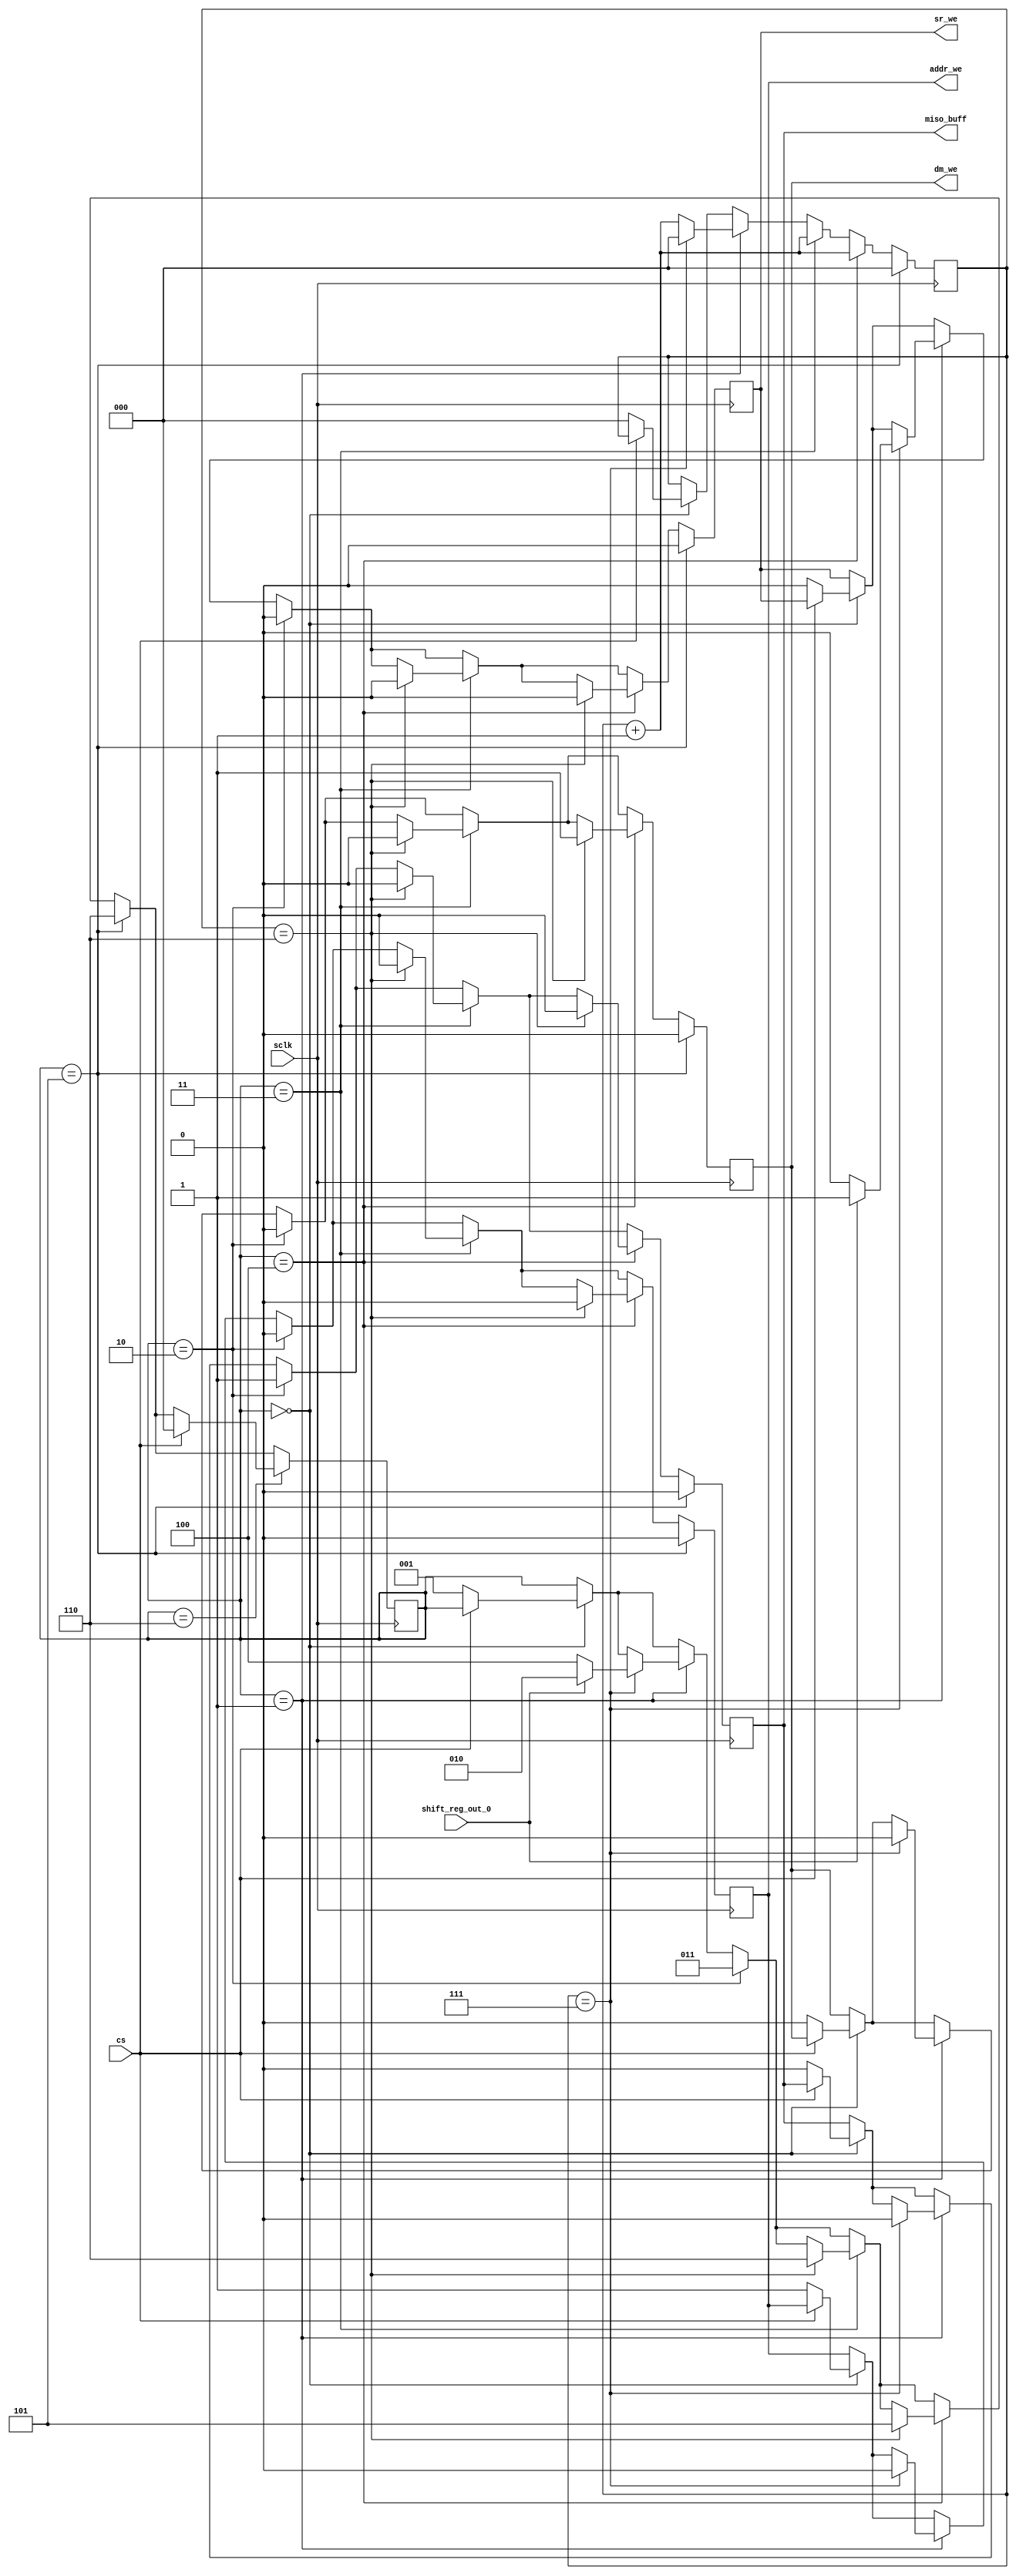
//-----------------------------------------------------------------------
// Finite State Machine
//-----------------------------------------------------------------------


module fsm
#(
    parameter standby = 0,
    parameter wait_address = 1,
    parameter read_0 = 2,
    parameter read_1 = 3,
    parameter write_0 = 4,
    parameter write_1 = 5,
    parameter wait_end = 6
)
(
    input sclk,        // system clock
    input cs,         // chip select
    input shift_reg_out_0,
    output reg miso_buff, // miso line buffer
    output reg dm_we,     // data memory write enable
    output reg addr_we,   // address latch write enable
    output reg sr_we      // shift register write enable
);

    reg[2:0] count;
    reg[2:0] state;

    initial begin
        count = 3'b000;
        state = standby;

        miso_buff = 0;  // Initialize constants to 0
        dm_we = 0;
        addr_we = 0;
        sr_we = 0;
    end

    always @(posedge sclk) begin
        if(state == standby) begin


            if (~cs) begin
                state <= wait_address;
                count <= 3'b000;
                miso_buff <= 0;
                dm_we <= 0;
                addr_we <= 1;
                sr_we <= 0;
            end
        end

        if(state == wait_address) begin
            if (count == 7) begin
                if(shift_reg_out_0) begin
                    miso_buff <= 0;
                    dm_we <= 0;
                    addr_we <= 0;
                    sr_we <= 1;
                    count <= 3'b000;
                    state <= read_0;
                end

                if(~shift_reg_out_0) begin
                    miso_buff <= 0;
                    dm_we <= 0;
                    addr_we <= 0;
                    sr_we <= 0;

                    state <= write_0;
                end

                count <= 3'b000;
            end

            else begin
                count <= count+3'b001;
            end

        end

        if(state == read_0) begin
            miso_buff <= 1;
            dm_we <= 0;
            addr_we <= 0;
            sr_we <= 0;
            state <= read_1;
        end

        if(state == read_1) begin

            count <= count + 3'b001;

            if (count == 6) begin
                state <= wait_end;
                miso_buff <= 0;
                dm_we <= 0;
                addr_we <= 0;
                sr_we <= 0;
            end

        end

        if(state == write_0) begin
            count <= count + 3'b001;

            if (count == 6) begin
                miso_buff <= 0;
                dm_we <= 1;
                addr_we <= 0;
                sr_we <= 0;

                state <= write_1;
            end

        end

        if(state == write_1) begin
            count <= 3'b000;

            state <= wait_end;
            miso_buff <= 0;
            dm_we <= 0;
            addr_we <= 0;
            sr_we <= 0;
        end

        if(state == wait_end) begin
            if(cs==1) begin
                state <= standby;
            end
        end
    end // end of always posedge sclk

endmodule